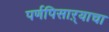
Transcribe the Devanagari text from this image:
पर्णपिसाऱ्याचा